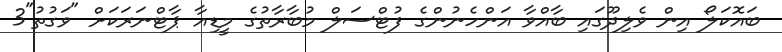
ބައޮކަލޯ އިން ވެލިދޫގައި ބާއްވާ އަންހެނުންގެ ފުޓްސަލް މުބާރާތުގެ މީޑިއާ ޕާޓްނަރަކަށް "ވަގުތު"3